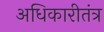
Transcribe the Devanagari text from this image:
अधिकारीतंत्र